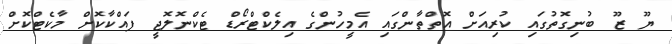
ޔޫ ޒޫ ބުނިގޮތުގައި ކުރިއަށް އޮތްތާންގައި އެމީހުންގެ އިލެކްޓްރޯޑް ޓެކްނޮލޮޖީ ފައްކާކޮށް މާކެޓްކޮށް